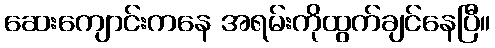
ဆေးကျောင်းကနေ အရမ်းကိုထွက်ချင်နေပြီ။